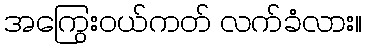
အကြွေးဝယ်ကတ် လက်ခံလား။